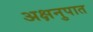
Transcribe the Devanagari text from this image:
अक्षनुपात